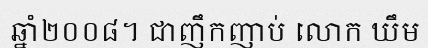
ឆ្នាំ២០០៨។ ជាញឹកញាប់ លោក ឃឹម